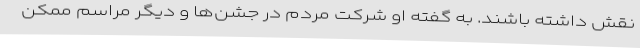
نقش داشته باشند. به گفته او شرکت مردم در جشن‌ها و دیگر مراسم ممکن